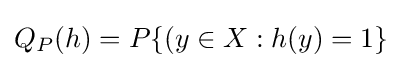
Q_{P}(h)=P\{(y\in X:h(y)=1\}